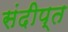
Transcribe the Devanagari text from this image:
संदीप्त